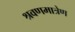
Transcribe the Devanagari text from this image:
श्रवणमात्रेण